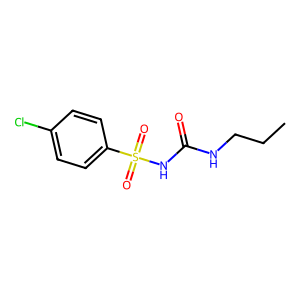
SMILES: CCCNC(=O)NS(=O)(=O)c1ccc(Cl)cc1
Inhibits HIV replication: No